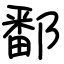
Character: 鄱